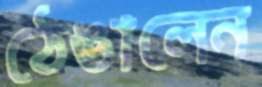
ঠেঙালেন